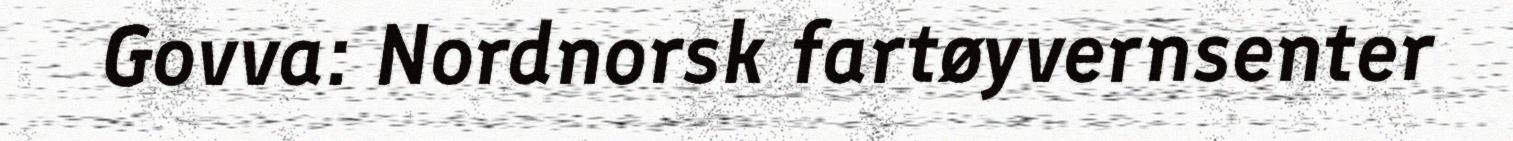
Govva: Nordnorsk fartøyvernsenter